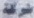
شركة